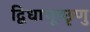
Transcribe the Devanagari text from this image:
द्विधाभूच्छृणु